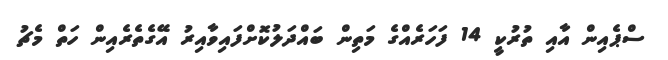
ސްޕެއިން އާއި ތުރުކީ 14 ފަހަރެއްގެ މަތިން ބައްދަލުކޮށްފައިވާއިރު އޭގެތެރެއިން ހަތް މެޗު